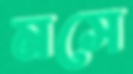
মসে